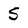
Character: 5